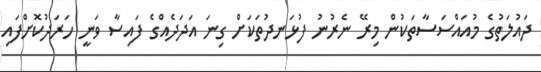
ދައުލަތުގެ މުއައްސަސާތަކުން މިރޭ ނެރުނު ފުޅަނދުތަކަށް ގިނަ އަދަދެއްގެ ފައިސާ ވަނީ ހަރަދުކޮށްފައި